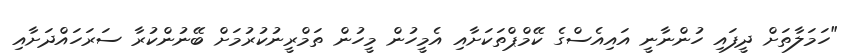
"ހަމަލާތަށް ދީފައި ހުންނާނީ އައިއެސްގެ ކޭމްޕްތަކަށާއި އެމީހުން މީހުން ތަމްރީނުކުރުމަށް ބޭނުންކުރާ ސަރަހައްދަށާއި